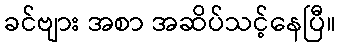
ခင်ဗျား အစာ အဆိပ်သင့်နေပြီ။